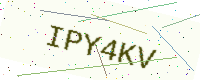
Text: IPY4KV